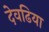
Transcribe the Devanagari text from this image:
देवढिया